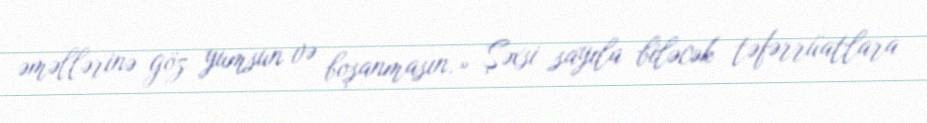
əməllərinə göz yumsun və boşanmasın.» Şəxsi sayıla biləcək təfərrüatlara